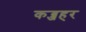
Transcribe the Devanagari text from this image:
कब्जहर